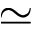
\simeq